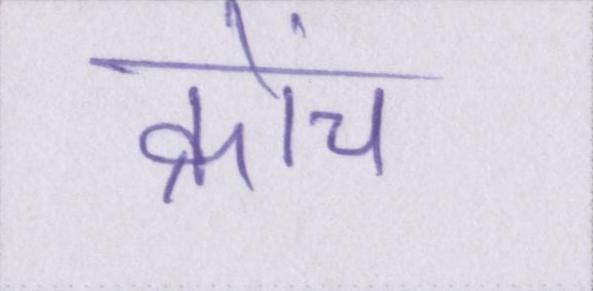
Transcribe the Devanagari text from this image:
क्रोंच